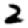
Digit: 2